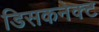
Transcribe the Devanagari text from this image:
डिसकनेक्ट